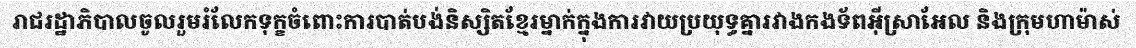
រាជរដ្ឋាភិបាលចូលរួមរំលែកទុក្ខចំពោះការបាត់បង់និស្សិតខ្មែរម្នាក់ក្នុងការវាយប្រយុទ្ធគ្នារវាងកងទ័ពអ៊ីស្រាអែល និងក្រុមហាម៉ាស់